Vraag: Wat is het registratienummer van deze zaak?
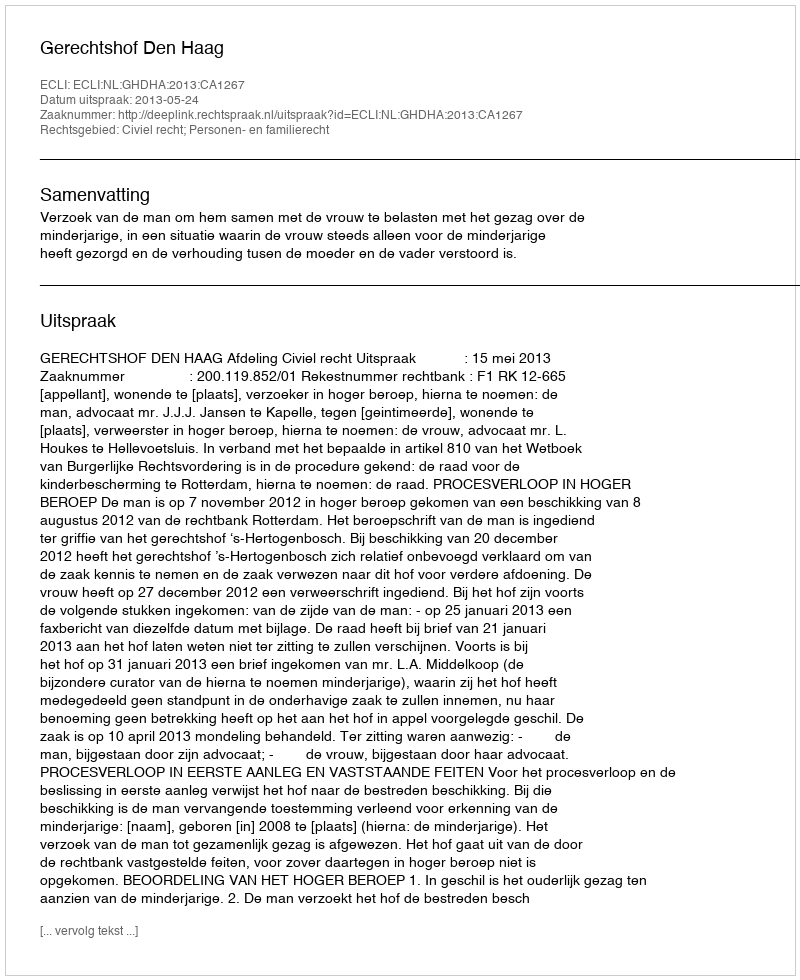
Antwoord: http://deeplink.rechtspraak.nl/uitspraak?id=ECLI:NL:GHDHA:2013:CA1267